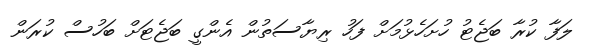
ލަފާ ކުރާ ބަޖެޓު ހުށަހެޅުމަށް ފަހު ރިޔާސަތުން އެންގީ ބަޖެޓަށް ބަހުސް ކުރަން